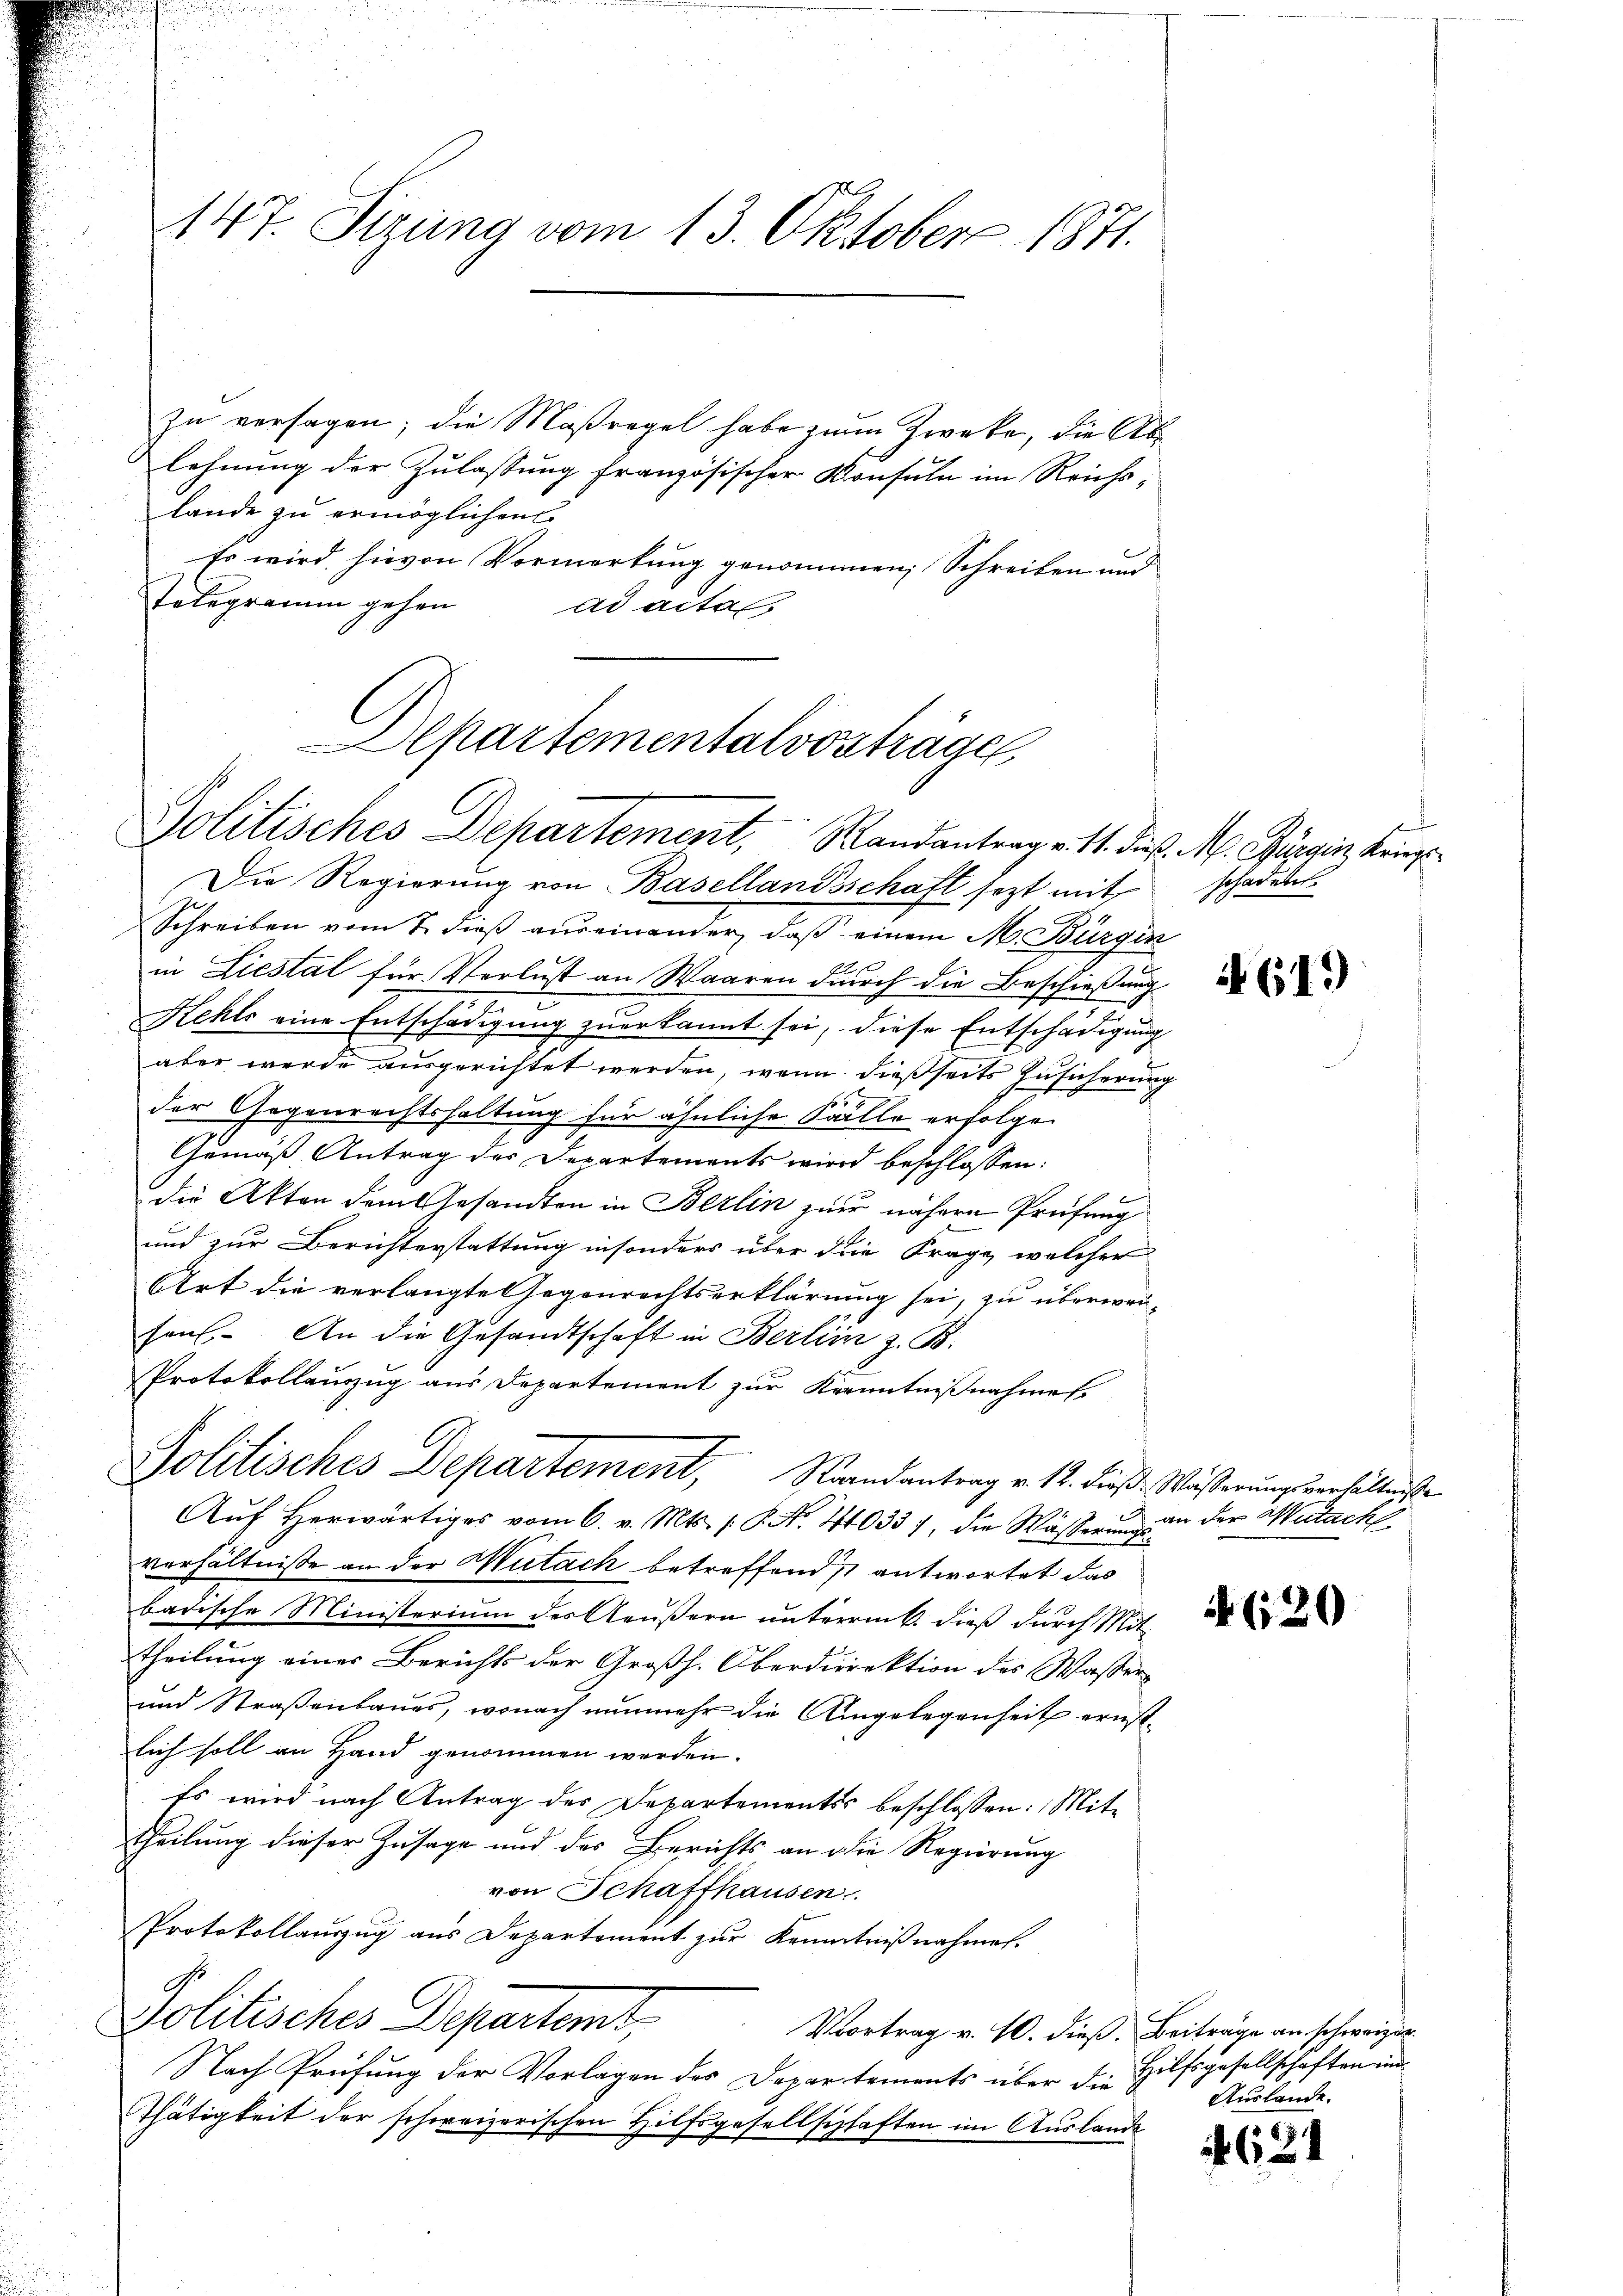
147. Sizung vom 13. Oktober 1871.

In versagen; die Maßregel habe zum Zweke, die Ablehnung der Zulassung französischer Konsuln im Reichslande zu ermöglichen
Es wird hievon Vormerkung genommen; Schreiben und
Telegramm gehen
ad actas
Die Regierung von Basellandsschaft sezt mit schadenes
Schreiben vom 7. dieß auseinander, daß einem M. Bürgin
in Liestal für Verlust an Waaren durch die Beschießung
Kehls eine Entschädigung zuerkannt sei, diese Entschädigung
aber werde ausgerichtet werden, wenn dießseits Zusicherung
f
der Gegenrechtshaltung für ähnliche Salle erfolgen
Gemäß Antrag des Departements wird beschlossen:
die Akten dem Gesandten in Berlin einer nähere Prüfung
und zur Berichterstattung insonders über die Frage, welcher
Art die verlangte legenrechtserklärung sei, zu überweisen. An die Gesandtschaft in Berlin z. B.
Protokollauszug aus Departement zur Kenntnißnahmes
Politisches Departement, Randantrag v. 12. dieß Wäßerung verhältniße
Aŭf herwärtiges vom 6. v. Mts. /: P. Nr. 710337, die Wässerungsverhältnisse an der Mutach betreffend ist antwortet das
badische Ministerium des Aeußern unterrik, dieß durch Mit-
theilung einer Berichts der Großh. Oberdirektion des Wasser¬
und Straßenbaues, wonach nunmehr die Angelegenheit ernstlich soll an Hand genommen werden.
Es wird nach Antrag des Departements beschlossen: Mit-
theilung dieser Zusage und des Berichts an die Regierung
von Schaffhausen
Protokollauszug aus Departement zur Kenntnißnahmen.
Politisches Departamt,
Vortrag v. 10. dieß. Beiträge an schweizer.
Nach Prüfung der Vorlagen des Departements über die
Thätigkeit der schweizerischen Hilfsgesellschaften im Auslande

partementalvosträge
Politisches Departement, Randantrag v. 11. d. M. Pagin Krieg

i 619

an der Matach

620

Hilfsgesellschaften und
Auslande.

621